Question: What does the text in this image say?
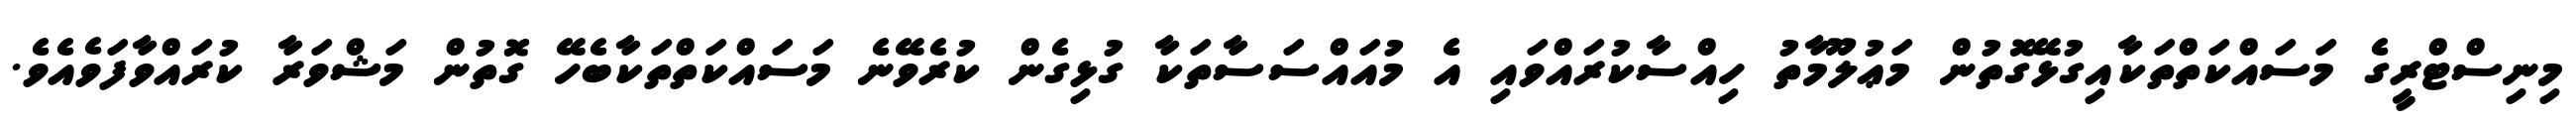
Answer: މިނިސްޓްރީގެ މަސައްކަތްތަކާއިގުޅޭގޮތުން މަޢުލޫމާތު ހިއްސާކުރައްވައި އެ މުއައްސަސާތަކާ ގުޅިގެން ކުރެވޭނެ މަސައްކަތްތަކާބެހޭ ގޮތުން މަޝްވަރާ ކުރައްވާފަވެއެވެ.